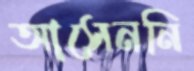
আসেননি